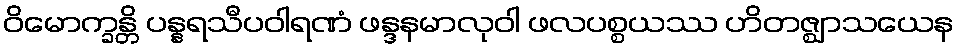
ဝိမောက္ခန္တိ ပန္နရသီပဝါရဏံ ဖန္ဒနမာလုဝါ ဖလပစ္စယဿ ဟိတဇ္ဈာသယေန